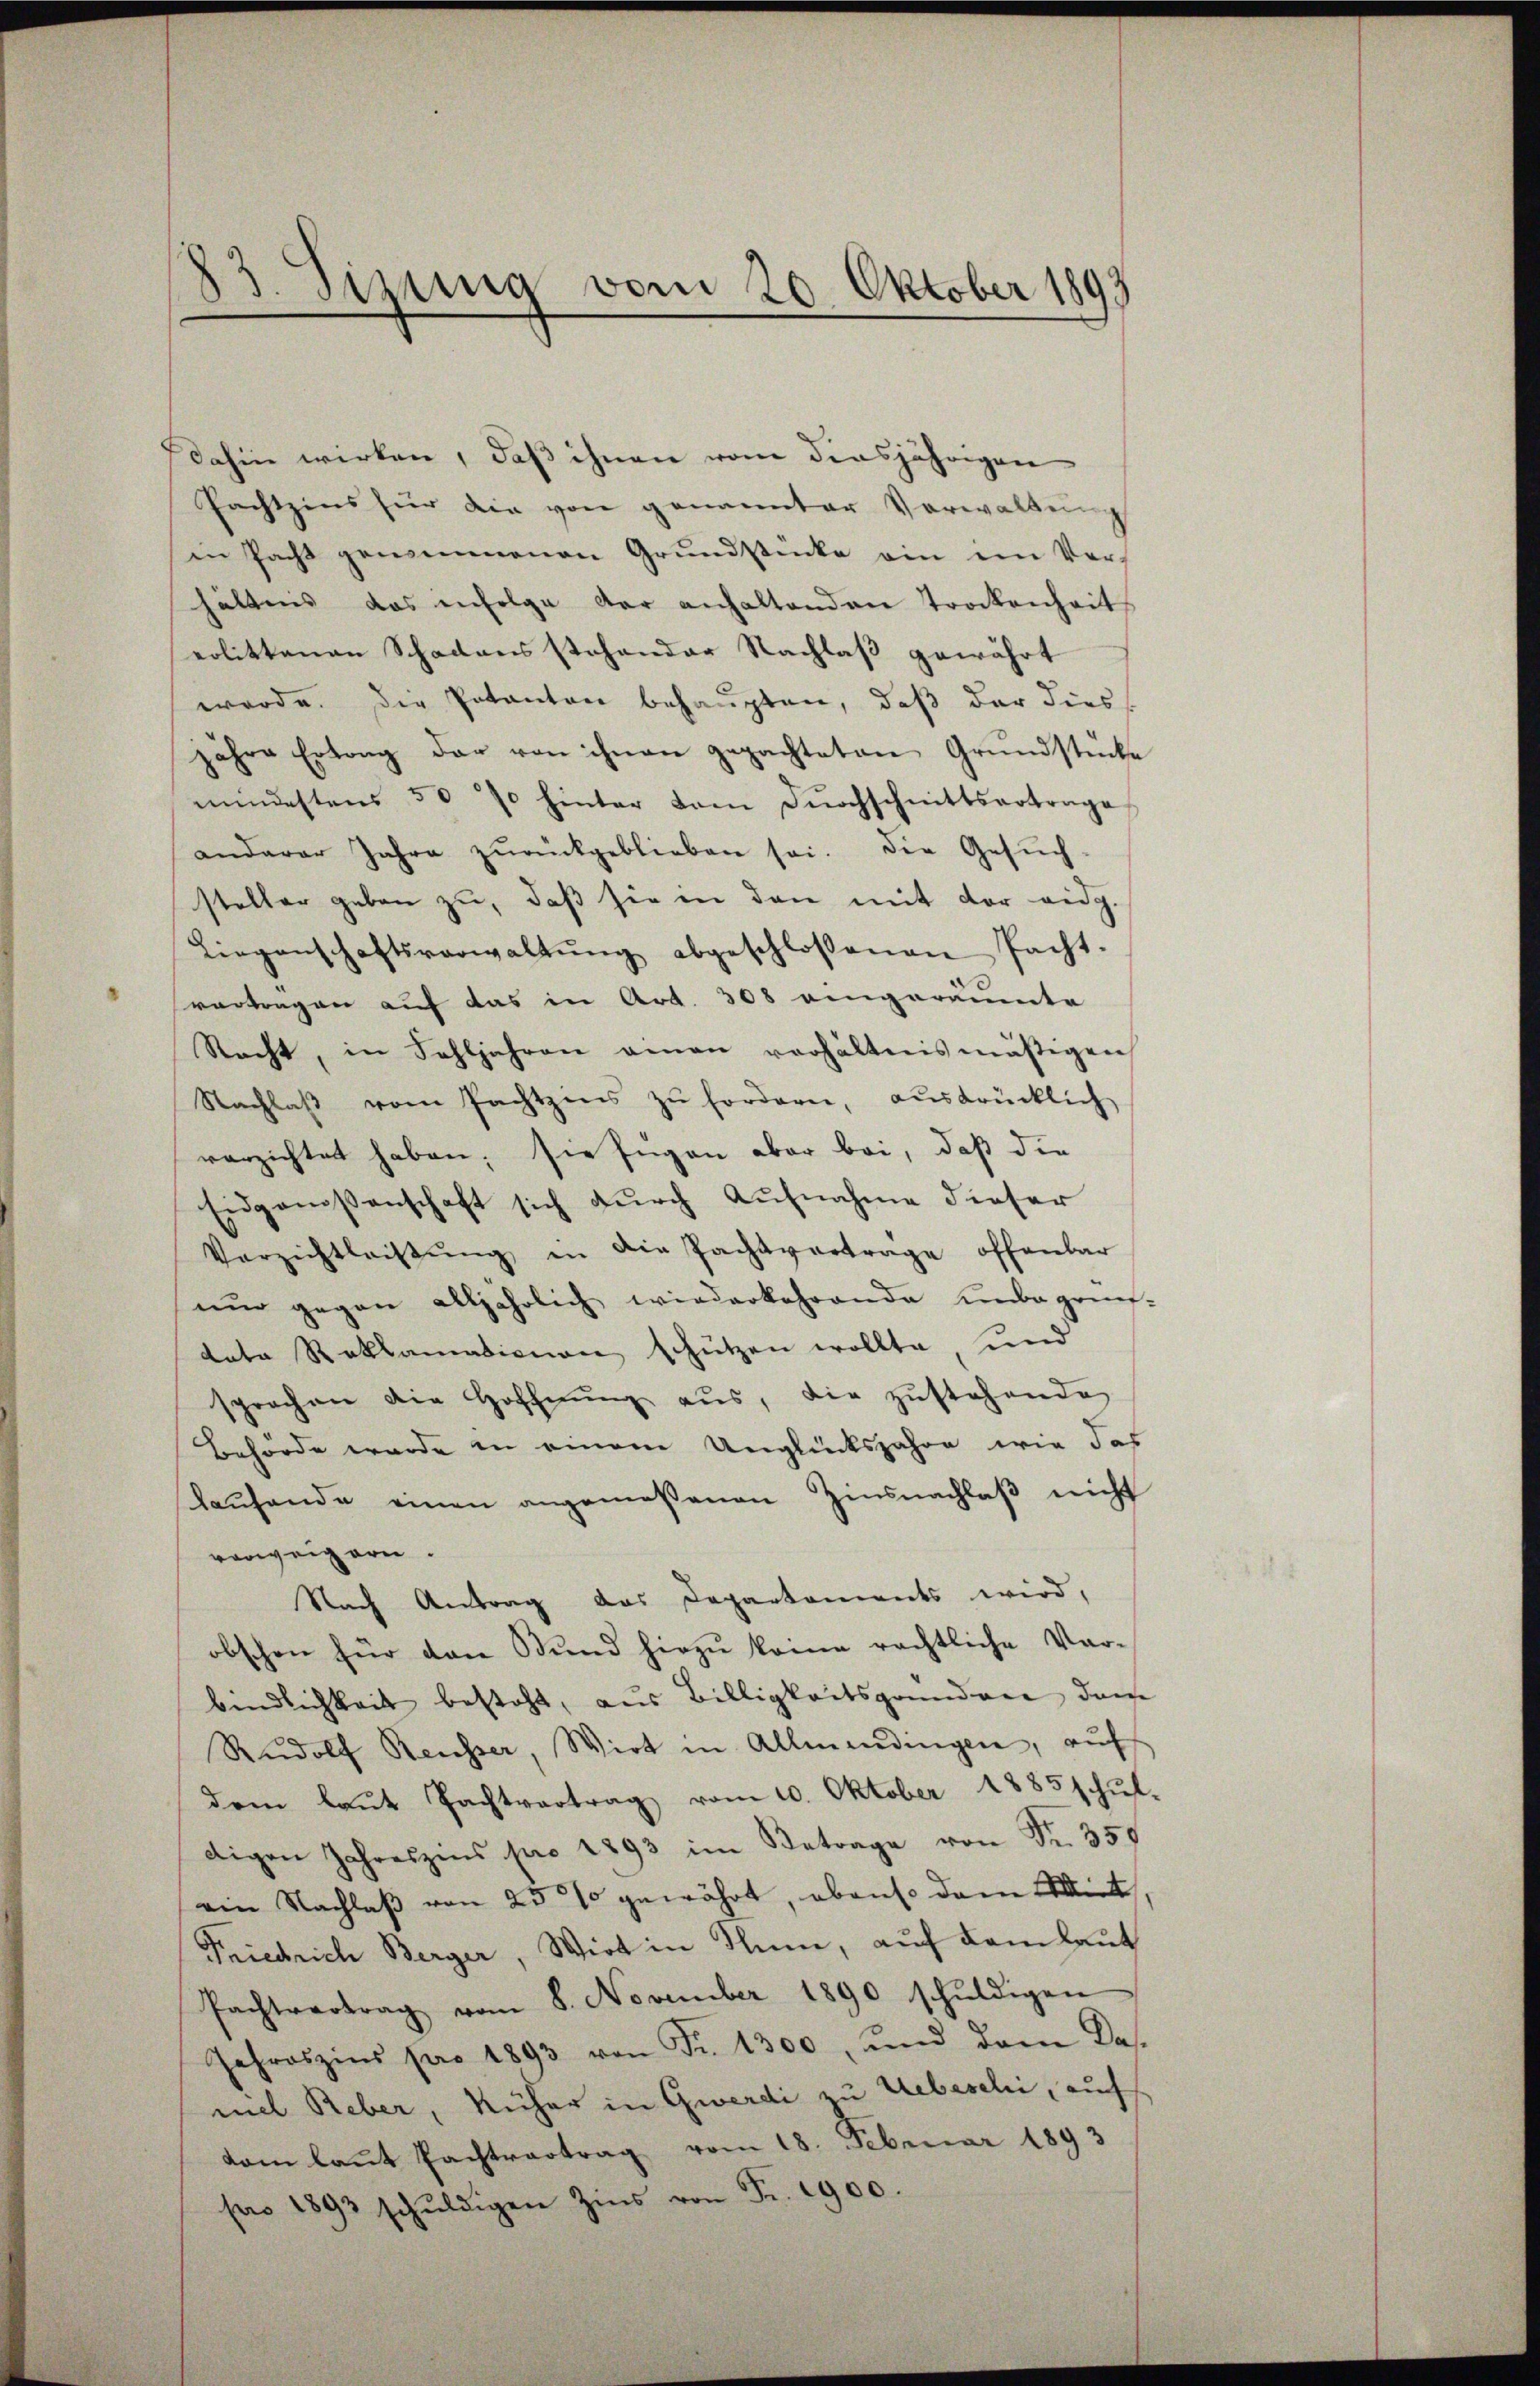
13. Sizung vom 20. Oktober 1893

dahin wirken, daß ihnen vom diesjährigen
Pachtzins für die von genannter Verwaltŭng
in Pacht genommenen Grŭndstücke ein ein Ver-
hältnis das infolge der anhaltenden Trockenheit
erlittenen Schadens stehender Nachlaß gewährt
werde. Die Potanten behaupten, daß der dies
jahre Ertrag der von ihnen gepachteten Grŭndstücke
mŭndestens 50 % hinter vom Dŭrchschnittsertrage
anderer Jahre zŭrückgeblieben sei. Die Gesŭch-
steller geben zu, daß sie in den mit der eidg.
Liegenschaftsverwaltŭng abgeschlossenen Pacht-
vortragen auf das in Art. 308 angeräumte
Nacht, in Fahljahren einen verhältnismäßigen
Nachlaβ vom Pachtzins zŭ fordern, aŭsdrücklich
verzichtet haben; sie fügen aber bei, daß die
Eidgenossenschaft sich durch Aufnahme dieser
Verzichtleistŭng in die Pachtvertrage offenbar
nŭr gegen alljährlich wiederkehrende unbegrün
date Reklamationen schützen wollte, und
sprochen die Hoffnŭng aŭs, die zŭstehende
Behörde wurde in einem Unglücksjahre wie das
laŭfende einen angemeßenen Zinsnachlaβ nicht
verweigern.
Nach Antrag das Departements wird,
obschen für den Bŭnd hirzŭ keine rechtliche Vor-
bindlichkeit besteht, aus Billigkeitsgrundner dem
Rŭdolf Reusser, Wirt in Allmendingen, aŭf
dem laut Pachtvertrag vom 10. Oktober 1885 schul-
digen Jahreszens pro 1893 im Betrage von Fr. 350
ein Nachlaß von 25% gewährt, obenso dem Wirt
Friedrich Berger, Wirt in Thun, auf dem laut
Pachtvertrag vom 8. November 1890 schŭldigen
Jahreszins pro 1893 von Fr. 1300 und dem das
niel Reber, Rüher in Gwerdi zu Uebeschi, auch
dam laut Pachtvertrag vom 18. Februar 1893
pro 1893 schŭldigen Zins von Fr. 1900.